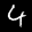
Label: 4